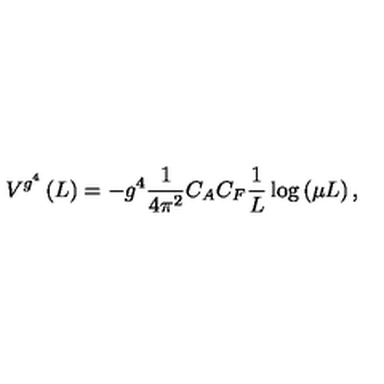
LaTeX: V ^ { g ^ { 4 } } \left( L \right) = - g ^ { 4 } \frac { 1 } { { 4 \pi ^ { 2 } } } C _ { A } C _ { F } \frac { 1 } { L } \log \left( { \mu L } \right) ,